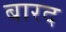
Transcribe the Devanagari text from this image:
बारद